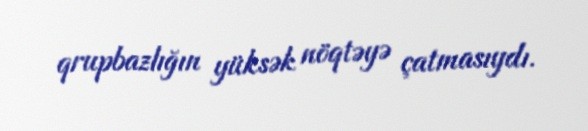
qrupbazlığın yüksək nöqtəyə çatmasıydı.